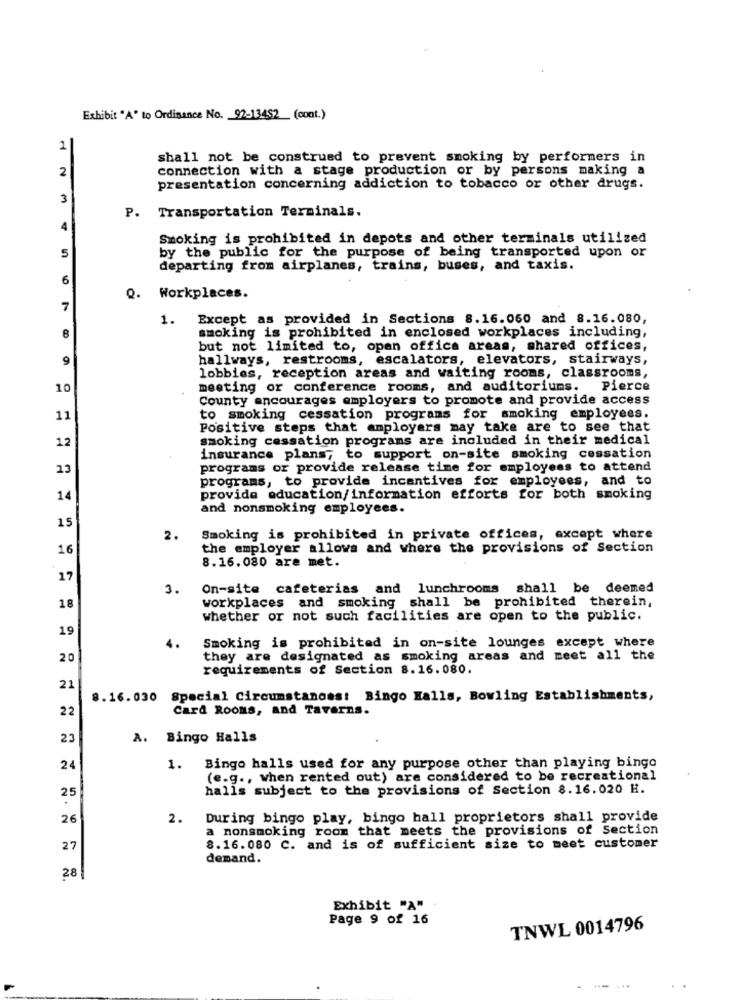
Exhibit "A" to Ordinance No. 92-13452_ (cont.)
1
shall not be construed to prevent smoking by performers in
2
connection with a stage production or by persons making a
presentation concerning addiction to tobacco or other drugs.
3
P.
Transportation Terminals.
4
Smoking is prohibited in depots and other terminals utilized
by the public for the purpose of being transported upon or
5
departing from airplanes, trains, buses, and taxis.
6
. Workplaces.
7
1.
Except as provided in Sections 8.16.060 and 8.16.080,
smoking is prohibited in enclosed workplaces including,
8
but not limited to, open office areas, shared offices,
9
hallways, restrooms, escalators, elevators, stairways,
lobbies, reception areas and waiting rooms, classrooms,
10
meeting or conference rooms, and auditoriums. Pierce
County encourages employers to promote and provide access
11
to smoking cessation programs for smoking employees.
Positive steps that amployers may take are to see that
smoking cessation programs are included in their medical
12
insurance plans, to support on-site smoking cessation
13
programs or provide release time for employees to attend
programs, to provide incentives for employees, and to
14
provide education/information efforts for both smoking
and nonsmoking employees.
15
2.
Smoking is prohibited in private offices, except where
16
the employer allows and where the provisions of Section
8.16.080 are met.
17
3.
On-site cafeterias and lunchrooms shall be deemed
18
workplaces and smoking shall be prohibited therein,
whether or not such facilities are open to the public.
19
Smoking is prohibited in on-site lounges except where
4.
20
they are designated as smoking areas and meet all the
requirements of Section 8.16.080.
21
8.16.030
Special Circumstances: Bingo Halls, Bowling Establishments,
22
Card Rooms, and Taverns.
23
A. Bingo Halls
24
1. Bingo halls used for any purpose other than playing bingo
(e.g ., when rented out) are considered to be recreational
halls subject to the provisions of Section 8.16.020 H.
25
26
2.
During bingo play, bingo hall proprietors shall provide
a nonsmoking room that meets the provisions of Section
27
8.16.080 C. and is of sufficient size to meet customer
demand.
28
Exhibit "A"
Page 9 of 16
TNWL 0014796